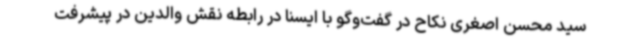
سید محسن اصغری نکاح در گفت‌وگو با ایسنا در رابطه نقش والدین در پیشرفت